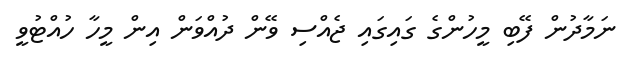
ނަމާދުން ފޭބި މީހުންގެ ގައިގައި ޖެއްސި ވޭން ދުއްވަން އިން މީހާ ހުއްޓުވީ